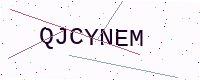
Text: QJCYNEM